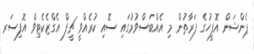
ޕެންޝަން އޮފީހުގެ ފަރާތުން މި އެއްބަސްވުމުގައި ސޮއި ކުރެއްވީ ޗީފް އެގްޒެކެޓިވް އޮފިސަރ